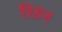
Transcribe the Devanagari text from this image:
रिडन